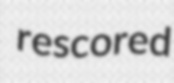
rescored